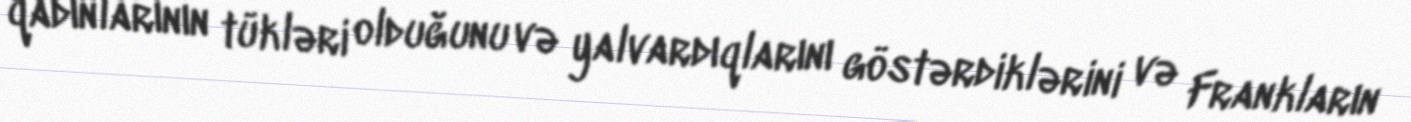
qadınlarının tükləri olduğunu və yalvardıqlarını göstərdiklərini və Frankların